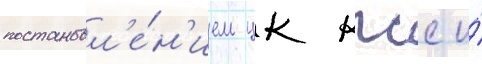
постановл'е́н'ием цк кпсс и́